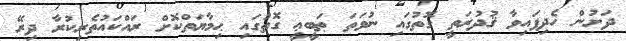
ދަށުން ހެދިފައިވާ ޤުދުރަތީ ގޮތުގައި ނުވަތަ ޠަބީޢީ ގޮތުގައި ޙިމާޔަތްކޮށް ރައްކައުތެރިކުރާ ދިރޭ